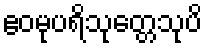
ဧဝမုပရိသုတ္တေသုပိ